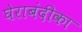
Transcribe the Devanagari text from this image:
घेराबंदीका